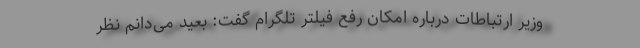
وزیر ارتباطات درباره امکان رفع فیلتر تلگرام گفت: بعید می‌دانم نظر